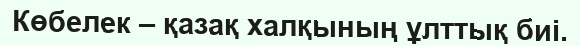
Көбелек – қазақ халқының ұлттық биі.